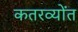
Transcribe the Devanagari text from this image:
कतरव्योंत